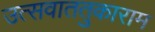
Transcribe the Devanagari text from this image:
उत्सवाततुकाराम